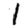
Digit: 1